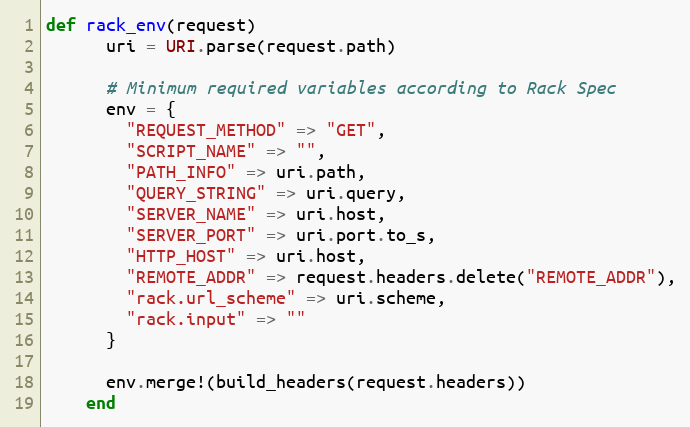
Language: Ruby
def rack_env(request)
      uri = URI.parse(request.path)

      # Minimum required variables according to Rack Spec
      env = {
        "REQUEST_METHOD" => "GET",
        "SCRIPT_NAME" => "",
        "PATH_INFO" => uri.path,
        "QUERY_STRING" => uri.query,
        "SERVER_NAME" => uri.host,
        "SERVER_PORT" => uri.port.to_s,
        "HTTP_HOST" => uri.host,
        "REMOTE_ADDR" => request.headers.delete("REMOTE_ADDR"),
        "rack.url_scheme" => uri.scheme,
        "rack.input" => ""
      }

      env.merge!(build_headers(request.headers))
    end